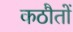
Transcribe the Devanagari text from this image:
कठौतों